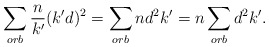
\begin{align*}\sum_{orb} \frac{n}{k'} (k'd)^2 = \sum_{orb} n d^2 k'= n \sum_{orb} d^2 k'.\end{align*}